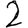
Digit: 2